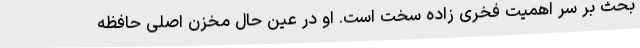
بحث بر سر اهمیت فخری زاده سخت است. او در عین حال مخزن اصلی حافظه